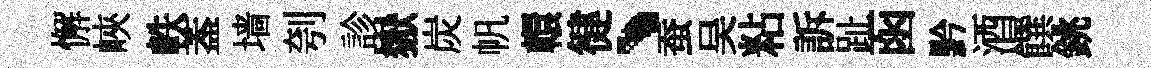
懈峽軼葢墙刳診嶽炭帆轘徤、蚕吴粘訴趾函黔酒饌銚